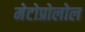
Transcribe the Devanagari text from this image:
मेटोप्रोलोल